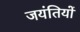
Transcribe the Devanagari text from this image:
जयंतियों